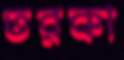
তরকা